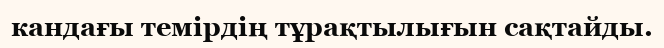
кандағы темірдің тұрақтылығын сақтайды.